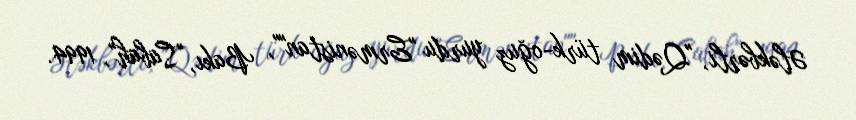
Ələkbərli, "Qədim türk-oğuz yurdu "Ermənistan"", Bakı, "Sabah", 1994.